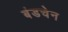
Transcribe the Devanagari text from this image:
बंडचेन